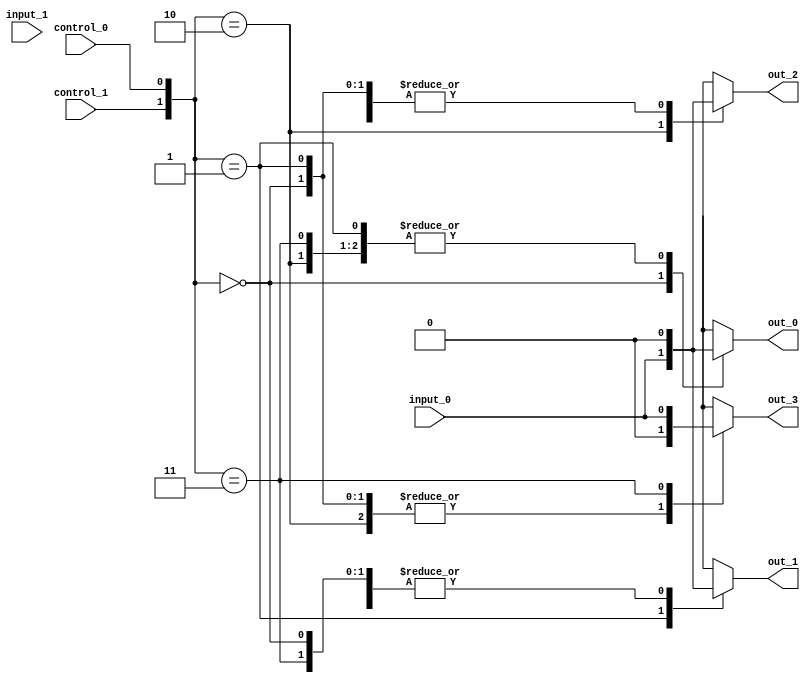
module demux_2to4 (
    input wire input_0,
    input wire input_1,
    input wire control_0,
    input wire control_1,
    output reg out_0,
    output reg out_1,
    output reg out_2,
    output reg out_3
);

always @(*)
begin
    case ({control_1, control_0})
        2'b00: begin
                   out_0 = input_0;
                   out_1 = 1'b0;
                   out_2 = 1'b0;
                   out_3 = 1'b0;
               end
        2'b01: begin
                   out_0 = 1'b0;
                   out_1 = input_0;
                   out_2 = 1'b0;
                   out_3 = 1'b0;
               end
        2'b10: begin
                   out_0 = 1'b0;
                   out_1 = 1'b0;
                   out_2 = input_0;
                   out_3 = 1'b0;
               end
        2'b11: begin
                   out_0 = 1'b0;
                   out_1 = 1'b0;
                   out_2 = 1'b0;
                   out_3 = input_0;
               end
        default: begin
                     out_0 = 1'bz;
                     out_1 = 1'bz;
                     out_2 = 1'bz;
                     out_3 = 1'bz;
                 end
    endcase
end

endmodule